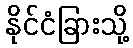
နိုင်ငံခြားသို့